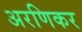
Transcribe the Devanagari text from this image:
अरणिकर